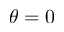
\theta = 0